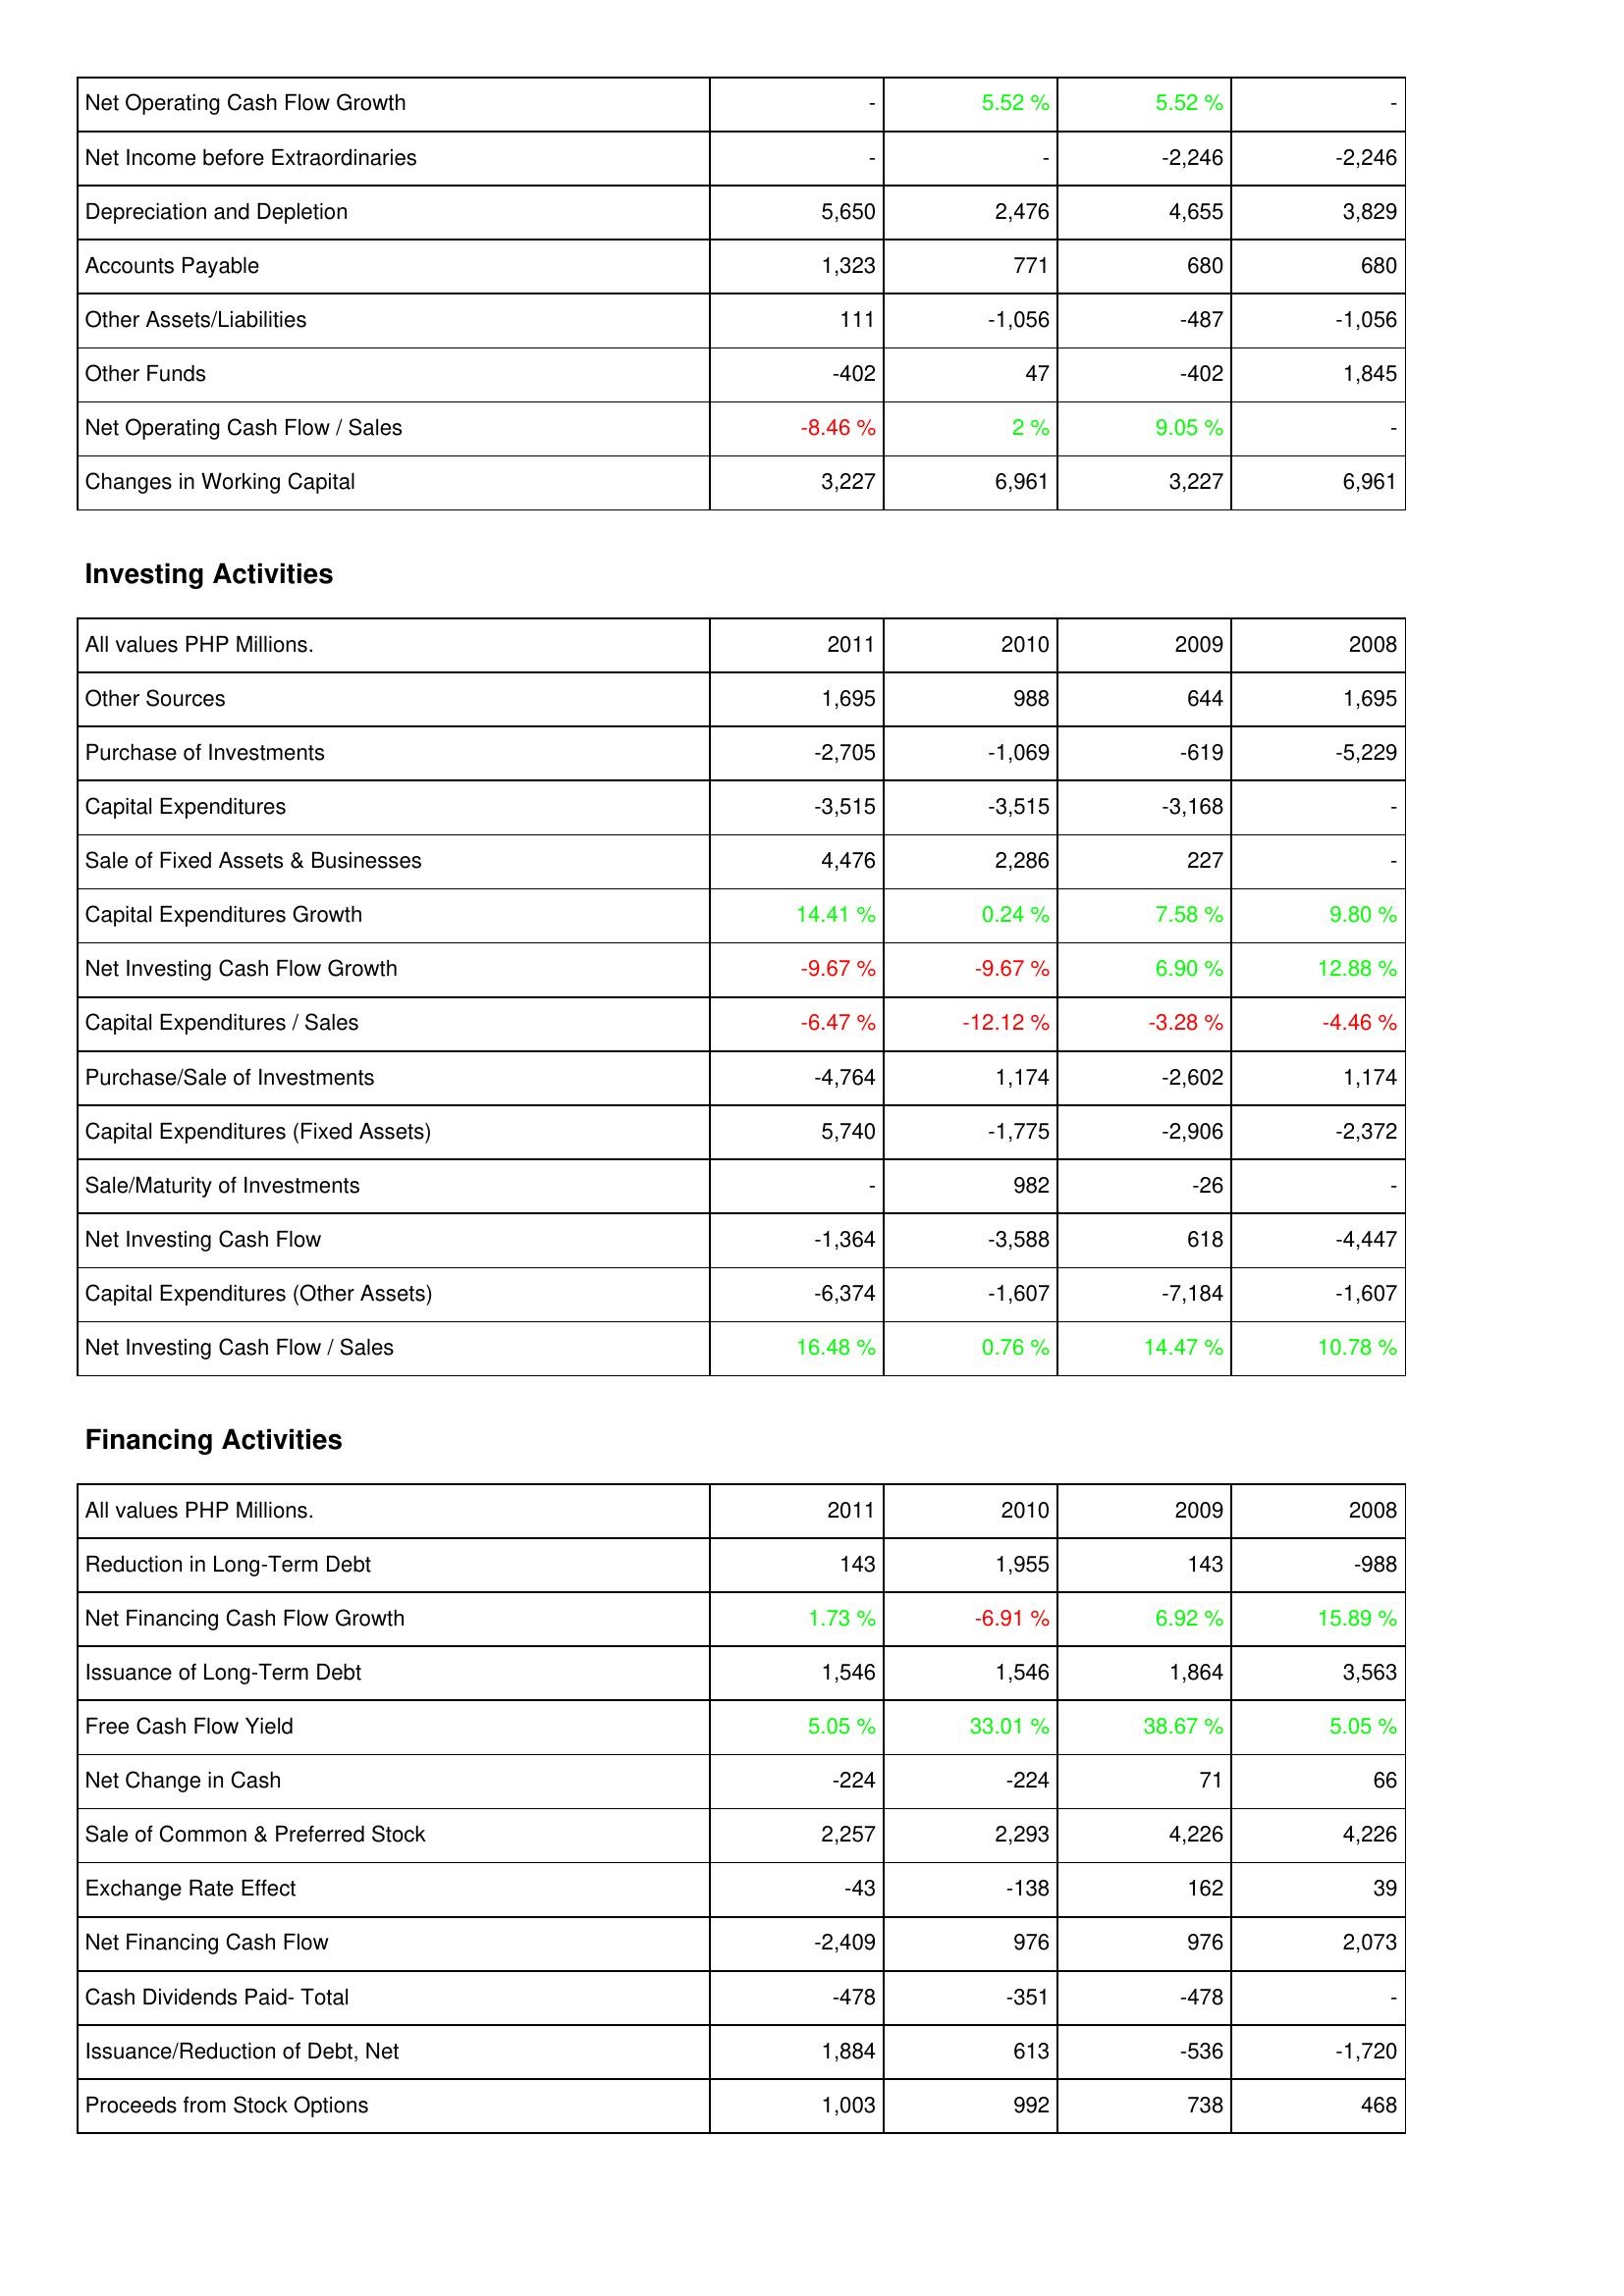
2011: Operating Activities: Net Operating Cash Flow Growth: -
Net Income before Extraordinaries: -
Depreciation and Depletion: 5,650
Accounts Payable: 1,323
Other Assets/Liabilities: 111
Other Funds: -402
Net Operating Cash Flow / Sales: -8.46 %
Changes in Working Capital: 3,227
Investing Activities: Other Sources: 1,695
Purchase of Investments: -2,705
Capital Expenditures: -3,515
Sale of Fixed Assets & Businesses: 4,476
Capital Expenditures Growth: 14.41 %
Net Investing Cash Flow Growth: -9.67 %
Capital Expenditures / Sales: -6.47 %
Purchase/Sale of Investments: -4,764
Capital Expenditures (Fixed Assets): 5,740
Sale/Maturity of Investments: -
Net Investing Cash Flow: -1,364
Capital Expenditures (Other Assets): -6,374
Net Investing Cash Flow / Sales: 16.48 %
Financing Activities: Reduction in Long-Term Debt: 143
Net Financing Cash Flow Growth: 1.73 %
Issuance of Long-Term Debt: 1,546
Free Cash Flow Yield: 5.05 %
Net Change in Cash: -224
Sale of Common & Preferred Stock: 2,257
Exchange Rate Effect: -43
Net Financing Cash Flow: -2,409
Cash Dividends Paid- Total: -478
Issuance/Reduction of Debt, Net: 1,884
Proceeds from Stock Options: 1,003
2010: Operating Activities: Net Operating Cash Flow Growth: 5.52 %
Net Income before Extraordinaries: -
Depreciation and Depletion: 2,476
Accounts Payable: 771
Other Assets/Liabilities: -1,056
Other Funds: 47
Net Operating Cash Flow / Sales: 2 %
Changes in Working Capital: 6,961
Investing Activities: Other Sources: 988
Purchase of Investments: -1,069
Capital Expenditures: -3,515
Sale of Fixed Assets & Businesses: 2,286
Capital Expenditures Growth: 0.24 %
Net Investing Cash Flow Growth: -9.67 %
Capital Expenditures / Sales: -12.12 %
Purchase/Sale of Investments: 1,174
Capital Expenditures (Fixed Assets): -1,775
Sale/Maturity of Investments: 982
Net Investing Cash Flow: -3,588
Capital Expenditures (Other Assets): -1,607
Net Investing Cash Flow / Sales: 0.76 %
Financing Activities: Reduction in Long-Term Debt: 1,955
Net Financing Cash Flow Growth: -6.91 %
Issuance of Long-Term Debt: 1,546
Free Cash Flow Yield: 33.01 %
Net Change in Cash: -224
Sale of Common & Preferred Stock: 2,293
Exchange Rate Effect: -138
Net Financing Cash Flow: 976
Cash Dividends Paid- Total: -351
Issuance/Reduction of Debt, Net: 613
Proceeds from Stock Options: 992
2009: Operating Activities: Net Operating Cash Flow Growth: 5.52 %
Net Income before Extraordinaries: -2,246
Depreciation and Depletion: 4,655
Accounts Payable: 680
Other Assets/Liabilities: -487
Other Funds: -402
Net Operating Cash Flow / Sales: 9.05 %
Changes in Working Capital: 3,227
Investing Activities: Other Sources: 644
Purchase of Investments: -619
Capital Expenditures: -3,168
Sale of Fixed Assets & Businesses: 227
Capital Expenditures Growth: 7.58 %
Net Investing Cash Flow Growth: 6.90 %
Capital Expenditures / Sales: -3.28 %
Purchase/Sale of Investments: -2,602
Capital Expenditures (Fixed Assets): -2,906
Sale/Maturity of Investments: -26
Net Investing Cash Flow: 618
Capital Expenditures (Other Assets): -7,184
Net Investing Cash Flow / Sales: 14.47 %
Financing Activities: Reduction in Long-Term Debt: 143
Net Financing Cash Flow Growth: 6.92 %
Issuance of Long-Term Debt: 1,864
Free Cash Flow Yield: 38.67 %
Net Change in Cash: 71
Sale of Common & Preferred Stock: 4,226
Exchange Rate Effect: 162
Net Financing Cash Flow: 976
Cash Dividends Paid- Total: -478
Issuance/Reduction of Debt, Net: -536
Proceeds from Stock Options: 738
2008: Operating Activities: Net Operating Cash Flow Growth: -
Net Income before Extraordinaries: -2,246
Depreciation and Depletion: 3,829
Accounts Payable: 680
Other Assets/Liabilities: -1,056
Other Funds: 1,845
Net Operating Cash Flow / Sales: -
Changes in Working Capital: 6,961
Investing Activities: Other Sources: 1,695
Purchase of Investments: -5,229
Capital Expenditures: -
Sale of Fixed Assets & Businesses: -
Capital Expenditures Growth: 9.80 %
Net Investing Cash Flow Growth: 12.88 %
Capital Expenditures / Sales: -4.46 %
Purchase/Sale of Investments: 1,174
Capital Expenditures (Fixed Assets): -2,372
Sale/Maturity of Investments: -
Net Investing Cash Flow: -4,447
Capital Expenditures (Other Assets): -1,607
Net Investing Cash Flow / Sales: 10.78 %
Financing Activities: Reduction in Long-Term Debt: -988
Net Financing Cash Flow Growth: 15.89 %
Issuance of Long-Term Debt: 3,563
Free Cash Flow Yield: 5.05 %
Net Change in Cash: 66
Sale of Common & Preferred Stock: 4,226
Exchange Rate Effect: 39
Net Financing Cash Flow: 2,073
Cash Dividends Paid- Total: -
Issuance/Reduction of Debt, Net: -1,720
Proceeds from Stock Options: 468